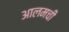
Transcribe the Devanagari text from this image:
आलमची